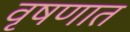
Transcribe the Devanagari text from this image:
वृषणात